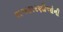
રાજકારણીઓની